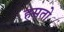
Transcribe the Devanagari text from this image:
हसतो